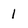
Character: l